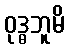
ဝုဒ္ဓဘူမိ